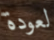
لعودة